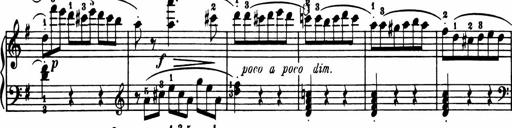
Title: Sonatina in G major
Composer: Friedrich Kuhlau
Key: G major